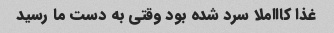
غذا کاااملا سرد شده بود وقتی به دست ما رسید